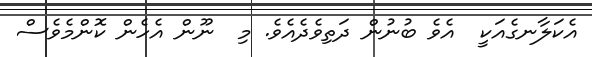
އެކަލާނގެއަކީ  އެވެ ބުނުން ދަތިވެދެއެވެ. މި  ނޫން އެހެން ކޮންމެވެސް